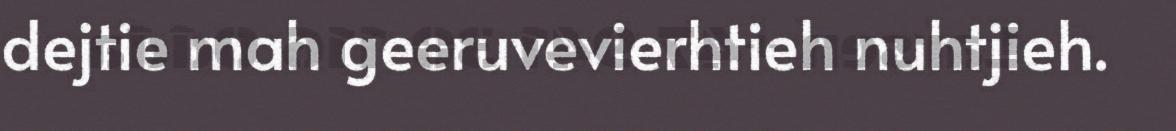
dejtie mah geeruvevierhtieh nuhtjieh.